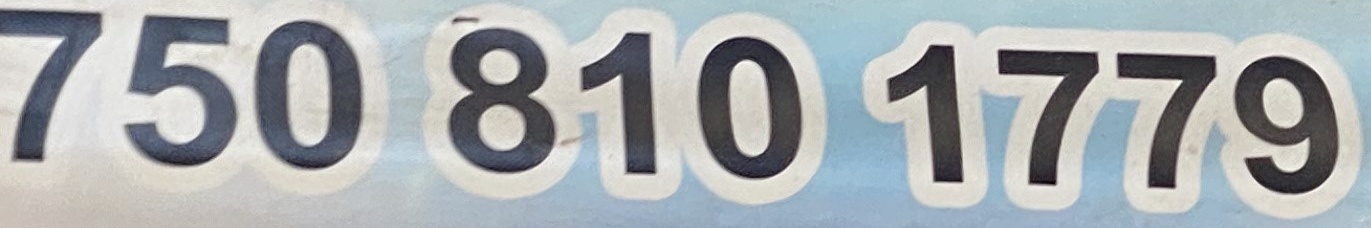
0750 810 1779